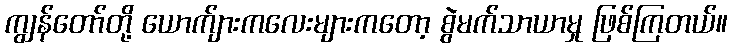
ကျွန်တော်တို့ ယောက်ျားကလေးများကတော့ စွဲမက်သာယာမှု ဖြစ်ကြတယ်။